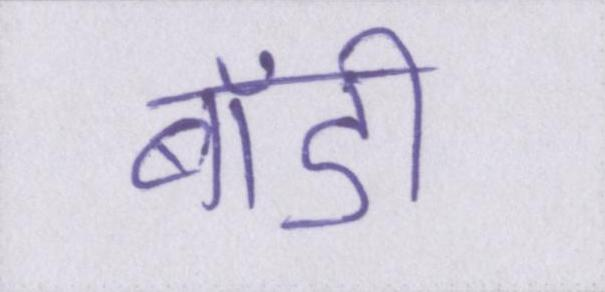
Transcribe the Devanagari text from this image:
बॉडी